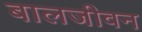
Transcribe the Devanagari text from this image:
बालजीवन